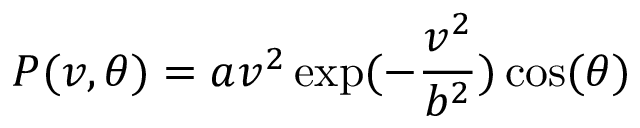
P ( v , \theta ) = a v ^ { 2 } \exp ( - \frac { v ^ { 2 } } { b ^ { 2 } } ) \cos ( \theta )